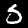
Label: 5